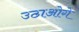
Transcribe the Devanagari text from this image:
उठाओगे